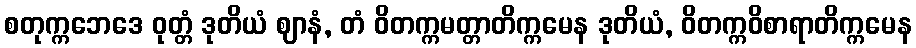
စတုက္ကဘေဒေ ဝုတ္တံ ဒုတိယံ ဈာနံ, တံ ဝိတက္ကမတ္တာတိက္ကမေန ဒုတိယံ, ဝိတက္ကဝိစာရာတိက္ကမေန